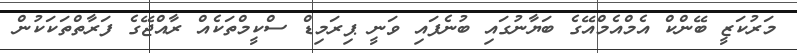
މަރުކަޒީ ބޭންކް އެމްއެމްއޭގެ ބަޔާނުގައި ބުނެފައި ވަނީ ޕިރަމިޑް ސްކީމްތަކެއް ރާއްޖޭގެ ފަރާތްތަކަކުން